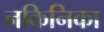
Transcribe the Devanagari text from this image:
नकिनिका